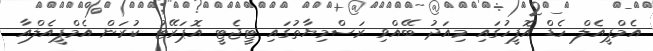
އެމްޕީއެލް ހެޑް އޮފީހުގައި މިއަދު ބޭއްވި ރަސްމިޔާތުގައި ޓީޖެޓީ އޮޕަރޭޓު ކުރަން އެމްޕީއެލްއާ